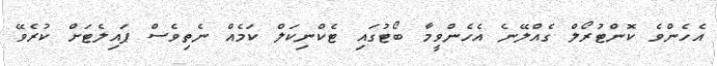
އެހެންވެ ކޮންޓުރޯލް ގެއްލޭނެ އެހެންވީމާ ބޯޓުގައި ޓެކްނިކަލް ކަމެއް ނެތިވެސް ޕައިލެޓަށް ކުރެވޭ